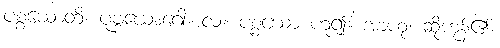
ပစ္စယောတိ၊ ပုဗ္ဗယောဂေါ။ လ။ ပစ္စယော ဟူ၍။ အာဟု၊ ဆိုကုန်၏။